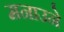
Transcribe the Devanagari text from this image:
मनाउने